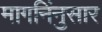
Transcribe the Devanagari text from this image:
मागनिंनुसार